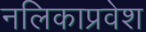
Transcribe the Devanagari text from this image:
नलिकाप्रवेश